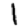
Digit: 1